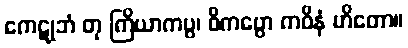
ကေဋုဘံ တု ကြိယာကပ္ပ၊ ဝိကပ္ပော ကဝိနံ ဟိတော။